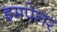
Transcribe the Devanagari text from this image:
इमपेलर